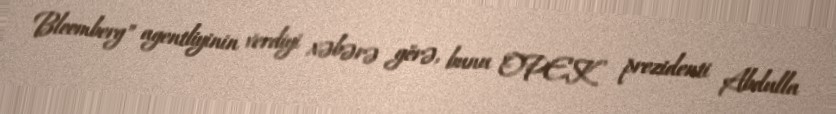
Bloomberg" agentliyinin verdiyi xəbərə görə, bunu OPEK prezidenti Abdulla